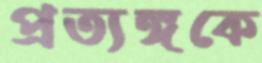
প্রত্যঙ্গকে